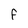
Character: f